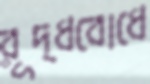
রূদ্ধবোধে